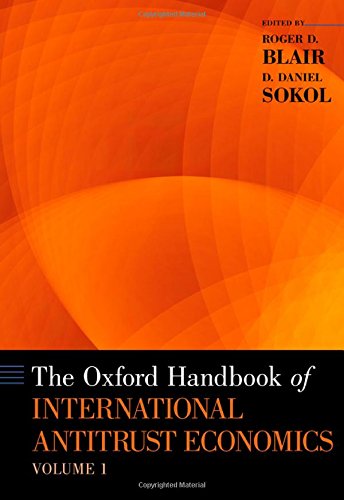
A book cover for The Oxford Handbook of International Antitrust Economics, Volume 1 (Oxford Handbooks); Law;